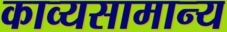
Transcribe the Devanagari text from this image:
काव्यसामान्य